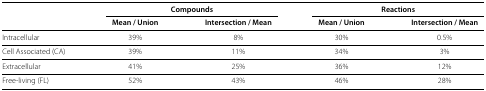
<table><thead><tr><td rowspan="2"><b> </b></td><td><b>Compounds</b></td><td><b>Reactions</b></td><td><b> </b></td><td><b> </b></td></tr><tr><td><b>Mean / Union</b></td><td><b>Intersection / Mean</b></td><td><b>Mean / Union</b></td><td><b>Intersection / Mean</b></td></tr></thead><tbody><tr><td>Intracellular</td><td>39%</td><td>8%</td><td>30%</td><td>0.5%</td></tr><tr><td>Cell Associated (CA)</td><td>39%</td><td>11%</td><td>34%</td><td>3%</td></tr><tr><td>Extracellular</td><td>41%</td><td>25%</td><td>36%</td><td>12%</td></tr><tr><td>Free-living (FL)</td><td>52%</td><td>43%</td><td>46%</td><td>28%</td></tr></tbody></table>